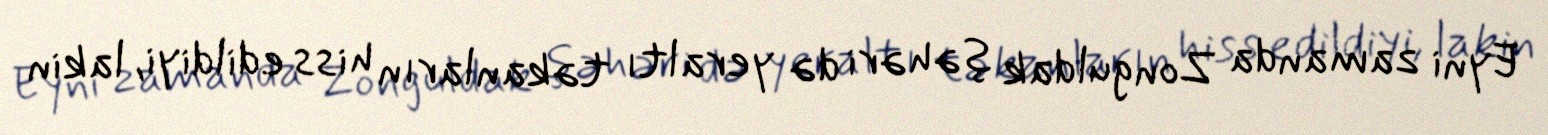
Eyni zamanda Zonguldak şəhəri də yeraltı təkanların hiss edildiyi, lakin